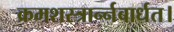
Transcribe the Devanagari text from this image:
क्रमशस्त्रार्न्नबार्धत।